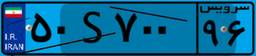
۵۰S۷۰۰۹۶